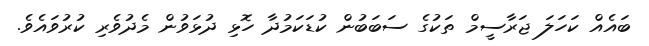
ބައެއް ކަހަލަ ޖަރާސީމް ތަކުގެ ސަބަބުން ކުޑަކަމުދާ ހޮޅި ދުޅަވުން މެދުވެރި ކުރުވައެވެ.